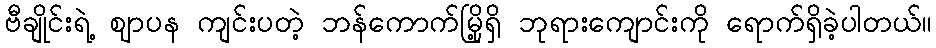
ဗီချိုင်းရဲ့ ဈာပန ကျင်းပတဲ့ ဘန်ကောက်မြို့ရှိ ဘုရားကျောင်းကို ရောက်ရှိခဲ့ပါတယ်။